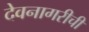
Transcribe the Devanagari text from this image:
देवनागरीची